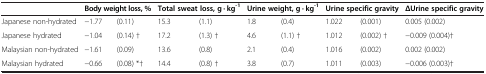
|  | Body weight loss, % |  | Total sweat loss, g · kg-1 |  | Urine weight, g · kg-1 |  | Urine specific gravity |  | ΔUrine specific gravity |
 | --- | --- | --- | --- | --- | --- | --- | --- | --- | --- |
 | Japanese non-hydrated | -1.77 | (0.11) | 15.3 | (1.1) | 1.8 | (0.4) | 1.022 | (0.001) | 0.005 (0.002) |
 | Japanese hydrated | -1.04 | (0.14) † | 17.2 | (1.3) † | 4.6 | (1.1) † | 1.012 | (0.002) † | -0.009 (0.004)† |
 | Malaysian non-hydrated | -1.61 | (0.09) | 13.6 | (0.8) | 2.1 | (0.4) | 1.016 | (0.002) | 0.002 (0.002) |
 | Malaysian hydrated | -0.66 | (0.08) *† | 14.4 | (0.8) † | 3.8 | (0.7) | 1.011 | (0.003) | -0.006 (0.003)† |